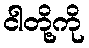
ငါတို့ကို